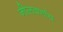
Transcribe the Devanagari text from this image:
नीलवर्णाय